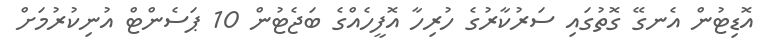
އޮޑިޓުން އެނގޭ ގޮތުގައި ސަރުކާރުގެ ހުރިހާ އޮފީހެއްގެ ބަޖެޓުން 10 ޕަސެންޓް އުނިކުރުމަށް